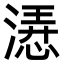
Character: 𣼰